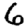
Digit: 6